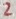
Text: 2